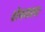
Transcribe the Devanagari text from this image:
शेषमला